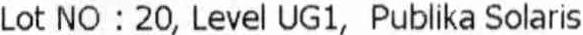
LOT NO : 20, LEVEL UG1, PUBLIKA SOLARIS